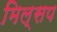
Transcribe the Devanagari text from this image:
मिल्सप